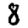
Digit: 8